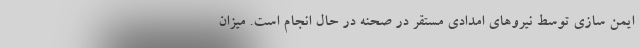
ایمن سازی توسط نیروهای امدادی مستقر در صحنه در حال انجام است. میزان